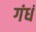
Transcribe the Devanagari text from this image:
गंधं